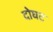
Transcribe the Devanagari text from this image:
दोघट